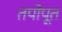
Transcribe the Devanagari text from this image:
तपोपूत